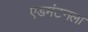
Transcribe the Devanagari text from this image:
एडमंटनला